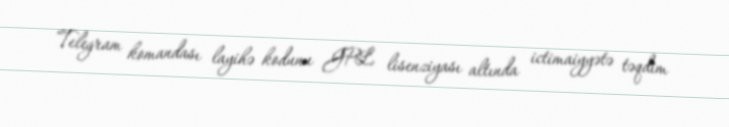
Telegram komandası layihə kodunu GPL lisenziyası altında ictimaiyyətə təqdim